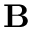
\textbf B